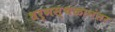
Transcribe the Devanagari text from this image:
धर्मस्थळानंतर